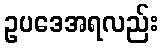
ဥပဒေအရလည်း